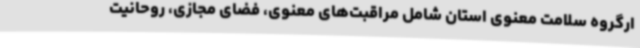
ارگروه سلامت معنوی استان شامل مراقبت‌های معنوی، فضای مجازی، روحانیت